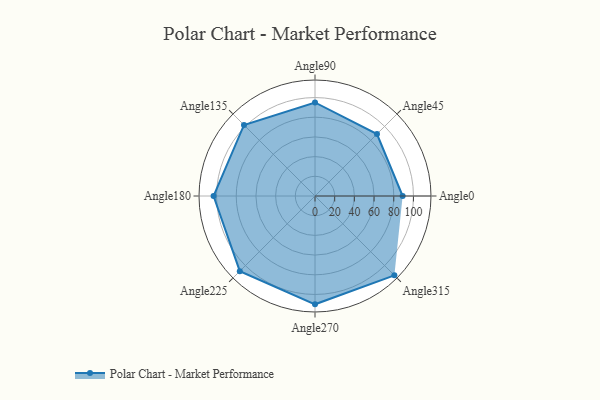
{"axis": {"x": "Angle", "y": "Radius"}, "legend": [""], "data": [{"x": "Angle0", "y": 89.0, "type": ""}, {"x": "Angle45", "y": 89.0, "type": ""}, {"x": "Angle90", "y": 95.0, "type": ""}, {"x": "Angle135", "y": 102.0, "type": ""}, {"x": "Angle180", "y": 103.0, "type": ""}, {"x": "Angle225", "y": 108.0, "type": ""}, {"x": "Angle270", "y": 110.0, "type": ""}, {"x": "Angle315", "y": 114.0, "type": ""}]}